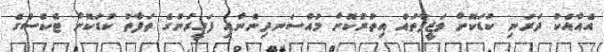
އެއާއެކު ދަރަނި ކުޑަކޮށް ވަޒީފާތައް އިތުރުކޮށް މުއްސަނދިންނާއި ފަގީރުންގެ ތަފާތު ކުޑަކޮށް ޓެކްސްގެ